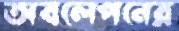
অবলেপনের